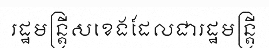
រដ្ឋមន្ត្រីសខេងដែលជារដ្ឋមន្ត្រី